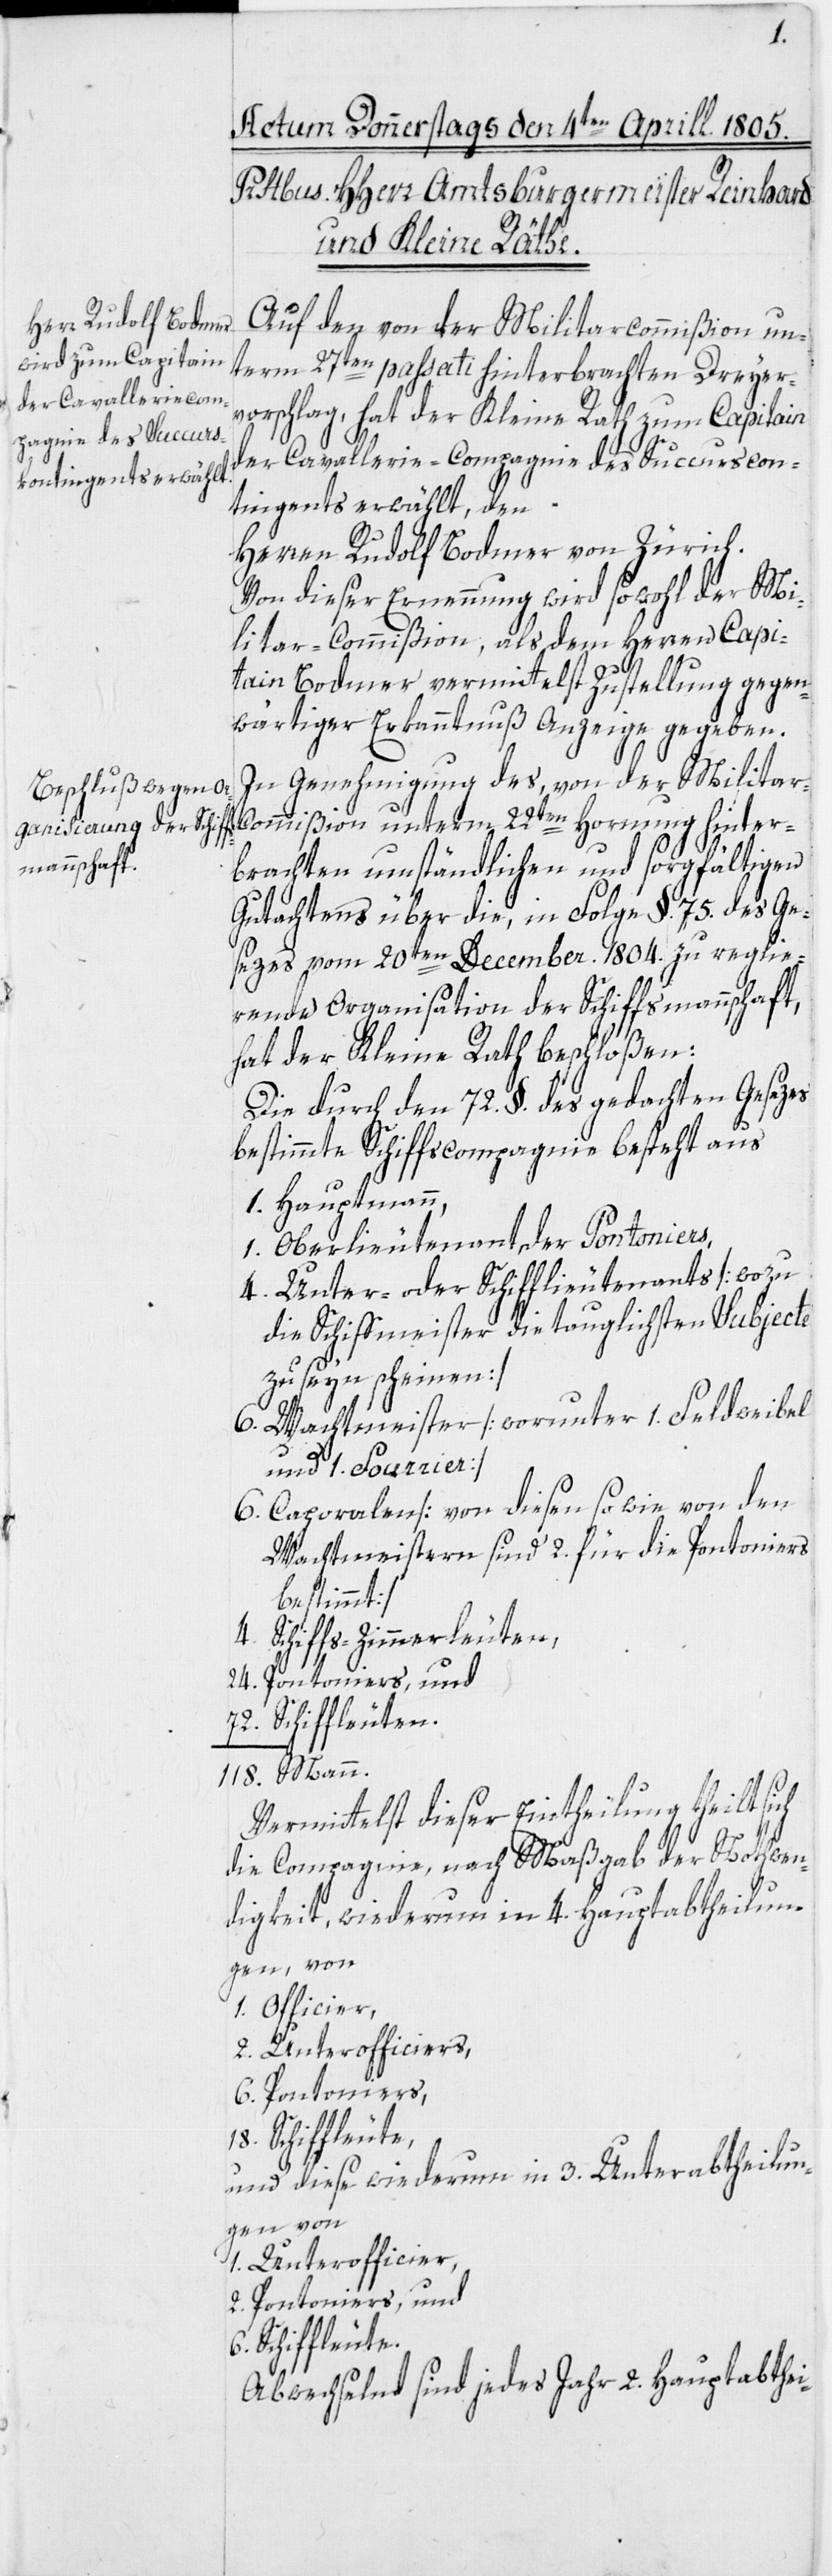
Auf den von der Militarcommißion un¬
term 27ten passati hinterbrachten Dreyer¬
vorschlag, hat der Kleine Rath zum Capitain
der Cavallerie-Compagnie des Succurscon¬
tingents erwählt, den
Herrn Rudolf Bodmer von Zürich.
Von dieser Ernennung wird sowohl der Mi¬
litar-Commißion, als dem Herren Capi¬
tain Bodmer vermittelst Zustellung gegen¬
wärtiger Erkanntnuß Anzeige gegeben.
In Genehmigung des, von der Milita¬
r-Commißion unterm 22ten Hornung hinter¬
brachten umständlichen und sorgfältigen
Gutachtens über die, in Folge §. 75. des Ge¬
sezes vom 20ten December 1804. zu reglie¬
rende Organisation der Schiffsmannschaft,
hat der Kleine Rath beschloßen:
Die durch den 72. §. des gedachten Gesezes
bestimmte Schiffscompagnie besteht aus
1. Hauptmann,
1. Oberlieutentant der Pontoniers,
4. Unter- oder Schifflieutenants [wozu
die Schiffmeister die tauglichsten Subjecte
zu seyn scheinen]
6. Wachtmeister [worunter 1. Feldweibel
und 1. Fourrier]
6. Caporalen [von diesen so wie von den
Wachtmeistern sind 2. für die Pontoniers
bestimmt]
4. Schiffs-Zimmerleuten,
24. Pontoniers, und
72. Schiffleuten.
118. Mann.
Vermittelst dieser Eintheilung theilt sich
die Compagnie, nach Maßgab der Nothwen¬
digkeit, wiederum in 4. Hauptabtheilun¬
gen, von
1. Officier,
2. Unterofficiers,
6. Pontoniers,
18. Schiffleute,
und diese wiederum in 3. Unterabtheilun¬
gen von
1. Unterofficier,
2. Pontoniers, und
6. Schiffleute.
Abwechselnd sind jedes Jahr 2. Hauptabthei-